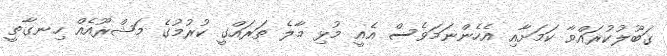
ގަބޫލުކުރައްވާ ކަމަށާއި އެހެންނަމަވެސް އެއީ މުޅި މާލެ ތަރައްގީ ކުރުމުގެ މަޝްރޫއެއް ހިނގާތީ